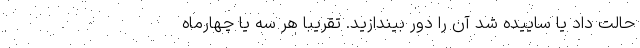
حالت داد یا ساییده شد آن را دور بیندازید. تقریبا هر سه یا چهارماه